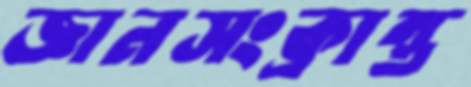
জ্ঞানসংক্রান্ত